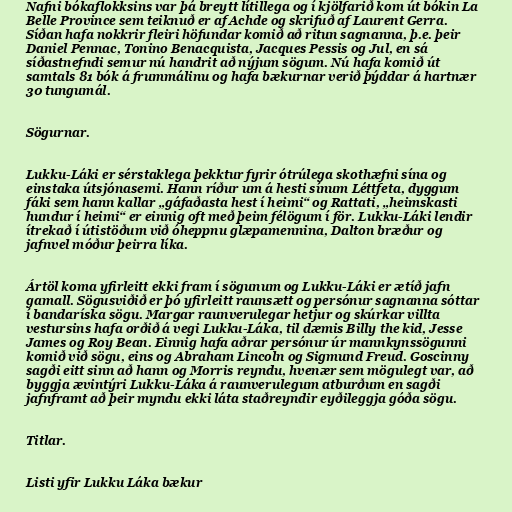
Nafni bókaflokksins var þá breytt lítillega og í kjölfarið kom út bókin La
Belle Province sem teiknuð er af Achde og skrifuð af Laurent Gerra.
Síðan hafa nokkrir fleiri höfundar komið að ritun sagnanna, þ.e. þeir
Daniel Pennac, Tonino Benacquista, Jacques Pessis og Jul, en sá
síðastnefndi semur nú handrit að nýjum sögum. Nú hafa komið út
samtals 81 bók á frummálinu og hafa bækurnar verið þýddar á hartnær
30 tungumál.

Sögurnar.

Lukku-Láki er sérstaklega þekktur fyrir ótrúlega skothæfni sína og
einstaka útsjónasemi. Hann ríður um á hesti sínum Léttfeta, dyggum
fáki sem hann kallar „gáfaðasta hest í heimi“ og Rattati, „heimskasti
hundur í heimi“ er einnig oft með þeim félögum í för. Lukku-Láki lendir
ítrekað í útistöðum við óheppnu glæpamennina, Dalton bræður og
jafnvel móður þeirra líka.

Ártöl koma yfirleitt ekki fram í sögunum og Lukku-Láki er ætíð jafn
gamall. Sögusviðið er þó yfirleitt raunsætt og persónur sagnanna sóttar
í bandaríska sögu. Margar raunverulegar hetjur og skúrkar villta
vestursins hafa orðið á vegi Lukku-Láka, til dæmis Billy the kid, Jesse
James og Roy Bean. Einnig hafa aðrar persónur úr mannkynssögunni
komið við sögu, eins og Abraham Lincoln og Sigmund Freud. Goscinny
sagði eitt sinn að hann og Morris reyndu, hvenær sem mögulegt var, að
byggja ævintýri Lukku-Láka á raunverulegum atburðum en sagði
jafnframt að þeir myndu ekki láta staðreyndir eyðileggja góða sögu.

Titlar.

Listi yfir Lukku Láka bækur